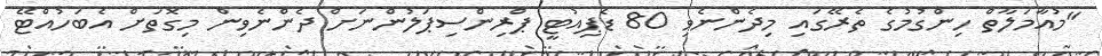
"މުއާމަލާތް ހިންގުމުގެ ތެރޭގައި މިދެންނެވި 80 ޑެޕިއުޓީ ޕްރިންސިޕަލުންނަށް ދެންނެވިން މިގޮތަށް އެބަހުއްޓޭ